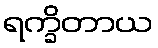
ရက္ခိတာယ